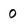
Character: 0